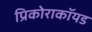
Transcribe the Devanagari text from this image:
प्रिकोराकॉयड